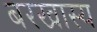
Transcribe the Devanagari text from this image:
बरखास्य